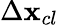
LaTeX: \Delta\mathbf{x}_{cl}